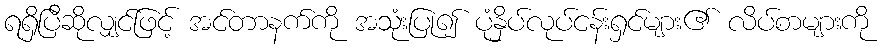
ရရှိပြီဆိုလျှင်ဖြင့် အင်တာနက်ကို အသုံးပြု၍ ပုံနှိပ်လုပ်ငန်းရှင်များ၏ လိပ်စာများကို